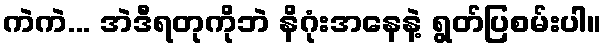
ကဲကဲ... အဲဒီရတုကိုဘဲ နိဂုံးအနေနဲ့ ရွတ်ပြစမ်းပါ။